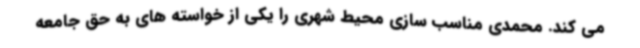
می کند. محمدی مناسب سازی محیط شهری را یکی از خواسته های به حق جامعه